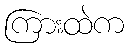
ကြားထဲက